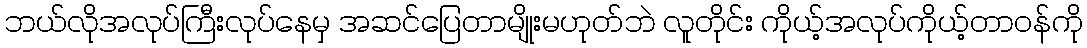
ဘယ်လိုအလုပ်ကြီးလုပ်နေမှ အဆင်ပြေတာမျိုးမဟုတ်ဘဲ လူတိုင်း ကိုယ့်အလုပ်ကိုယ့်တာဝန်ကို